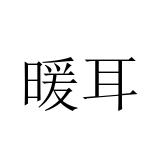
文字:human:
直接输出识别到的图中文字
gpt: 暖耳